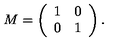
M = \left( \begin{array} { l l } { 1 } & { 0 } \\ { 0 } & { 1 } \\ \end{array} \right) .